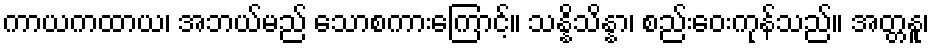
ကာယကထာယ၊ အဘယ်မည် သောစကားကြောင့်။ သန္နိသိန္နာ၊ စည်းဝေးကုန်သည်။ အတ္တနူ၊